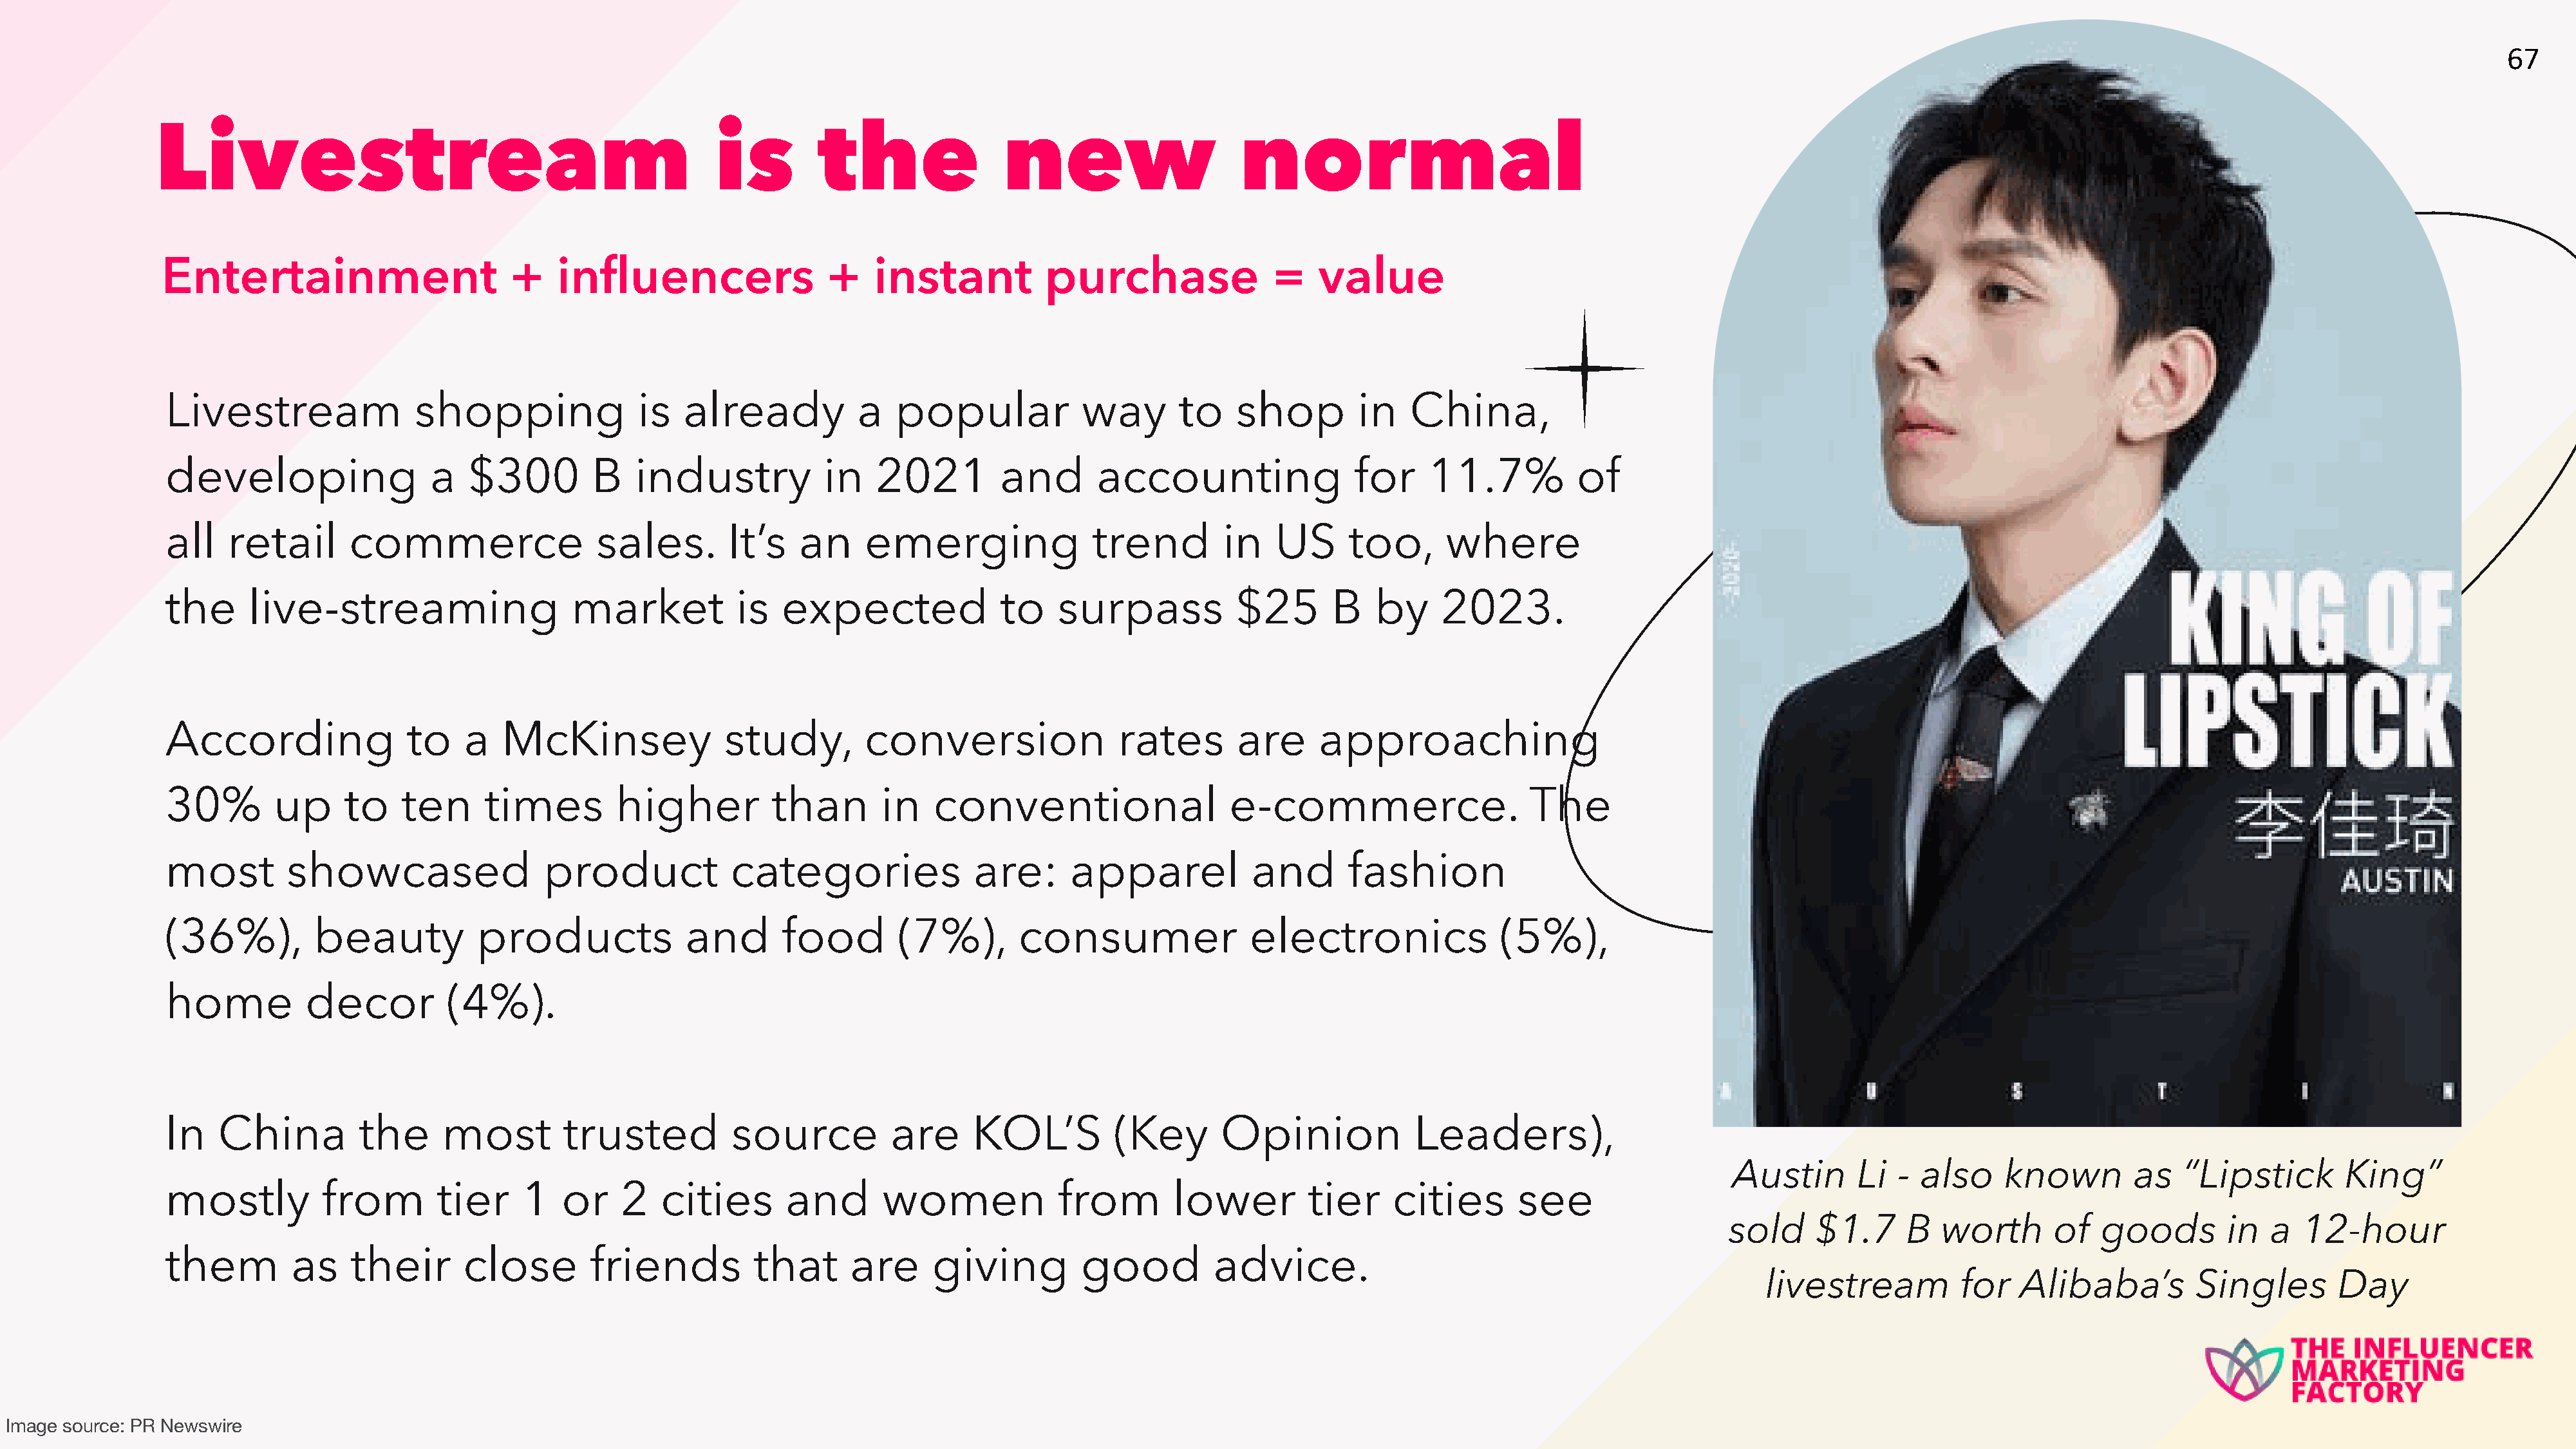
67
 Livestream                                               is         the                new                     normal
 Entertainment                      +    influencers                 +    instant          purchase                =    value
 Livestream                shopping               is  already           a   popular            way       to    shop         in   China,
 developing                 a   $300         B   industry            in   2021         and       accounting                for     11.7%          of
 all   retail       commerce                 sales.        It’s   an     emerging               trend         in   US      too,      where
 the      live-streaming                   market           is  expected               to    surpass           $25       B   by     2023.
 According                to    a   McKinsey              study,         conversion                rates       are      approaching
 30%        up     to    ten      times        higher          than        in   conventional                  e-commerce.                    The
 most        showcased                  product            categories               are:      apparel            and       fashion
 (36%),         beauty           products             and       food        (7%),        consumer               electronics               (5%),
 home          decor          (4%).
 In   China          the     most         trusted          source           are     KOL’S          (Key      Opinion             Leaders),
 Austin       Li  - also     known        as   “Lipstick        King”
 mostly          from        tier     1   or    2   cities       and       women             from        lower        tier     cities       see
 sold     $1.7     B   worth      of   goods        in  a   12-hour
 them         as    their       close        friends         that      are      giving         good          advice.
 livestream           for   Alibaba’s         Singles       Day
 Image source: PR Newswire